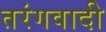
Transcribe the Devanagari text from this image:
तरंगवादी